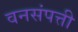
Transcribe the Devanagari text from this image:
वनसंपत्ती